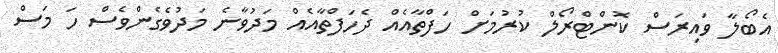
އެބޯލާ ވައިރަސް ކޮންޓްރޯލް ކުރުމަށް ހަފްތާއެއް ދެހަފްތާއެއް މަދުވާނެ މަދުވެގެންވެސް ހަ މަސް